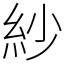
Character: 紗